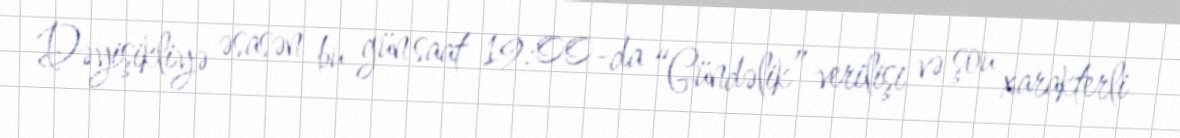
Dəyişikliyə əsasən bu gün saat 19:00-da “Gündəlik” verilişi və şou xarakterli